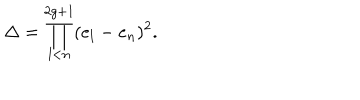
\Delta = \prod _ { l < n } ^ { 2 g + 1 } ( e _ { l } - e _ { n } ) ^ { 2 } .